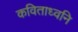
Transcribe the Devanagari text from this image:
कविताध्वनि